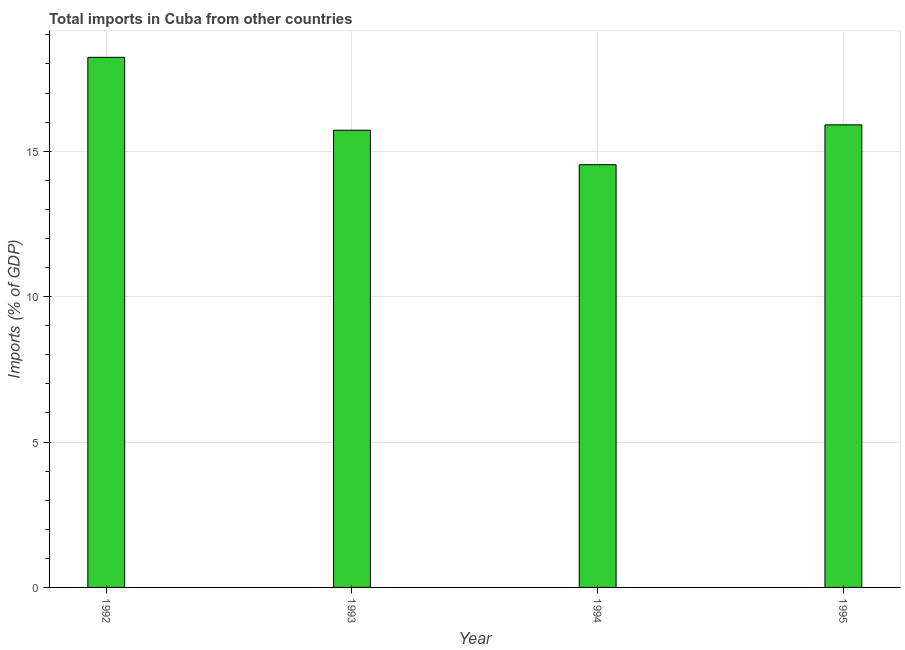
| Year | Imports |
 | --- | --- |
 | 1992 | 18.2 |
 | 1993 | 15.7 |
 | 1994 | 14.5 |
 | 1995 | 15.9 |